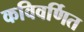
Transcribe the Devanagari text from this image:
कविवर्णित